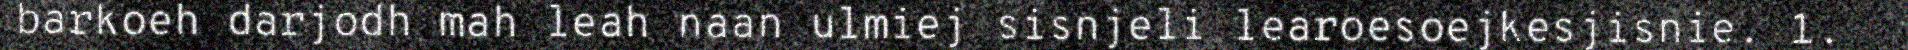
barkoeh darjodh mah leah naan ulmiej sisnjeli learoesoejkesjisnie. 1.